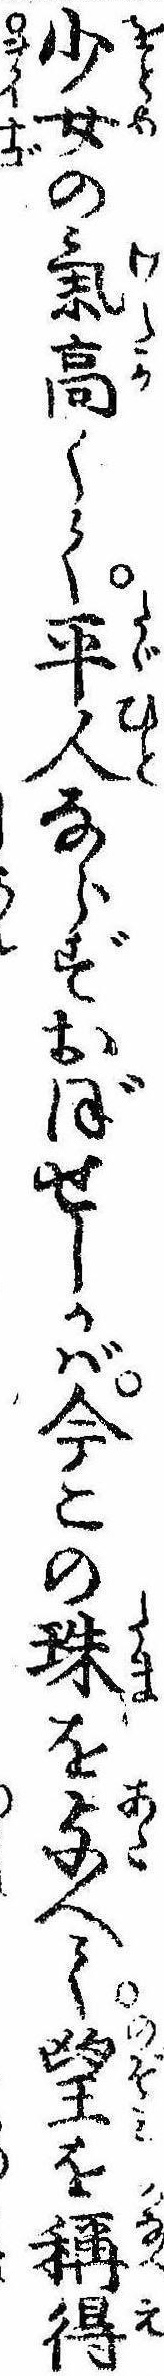
少女の気高くて平人ならずおぼせしかば今この珠を与へて望を称得